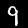
Digit: 9